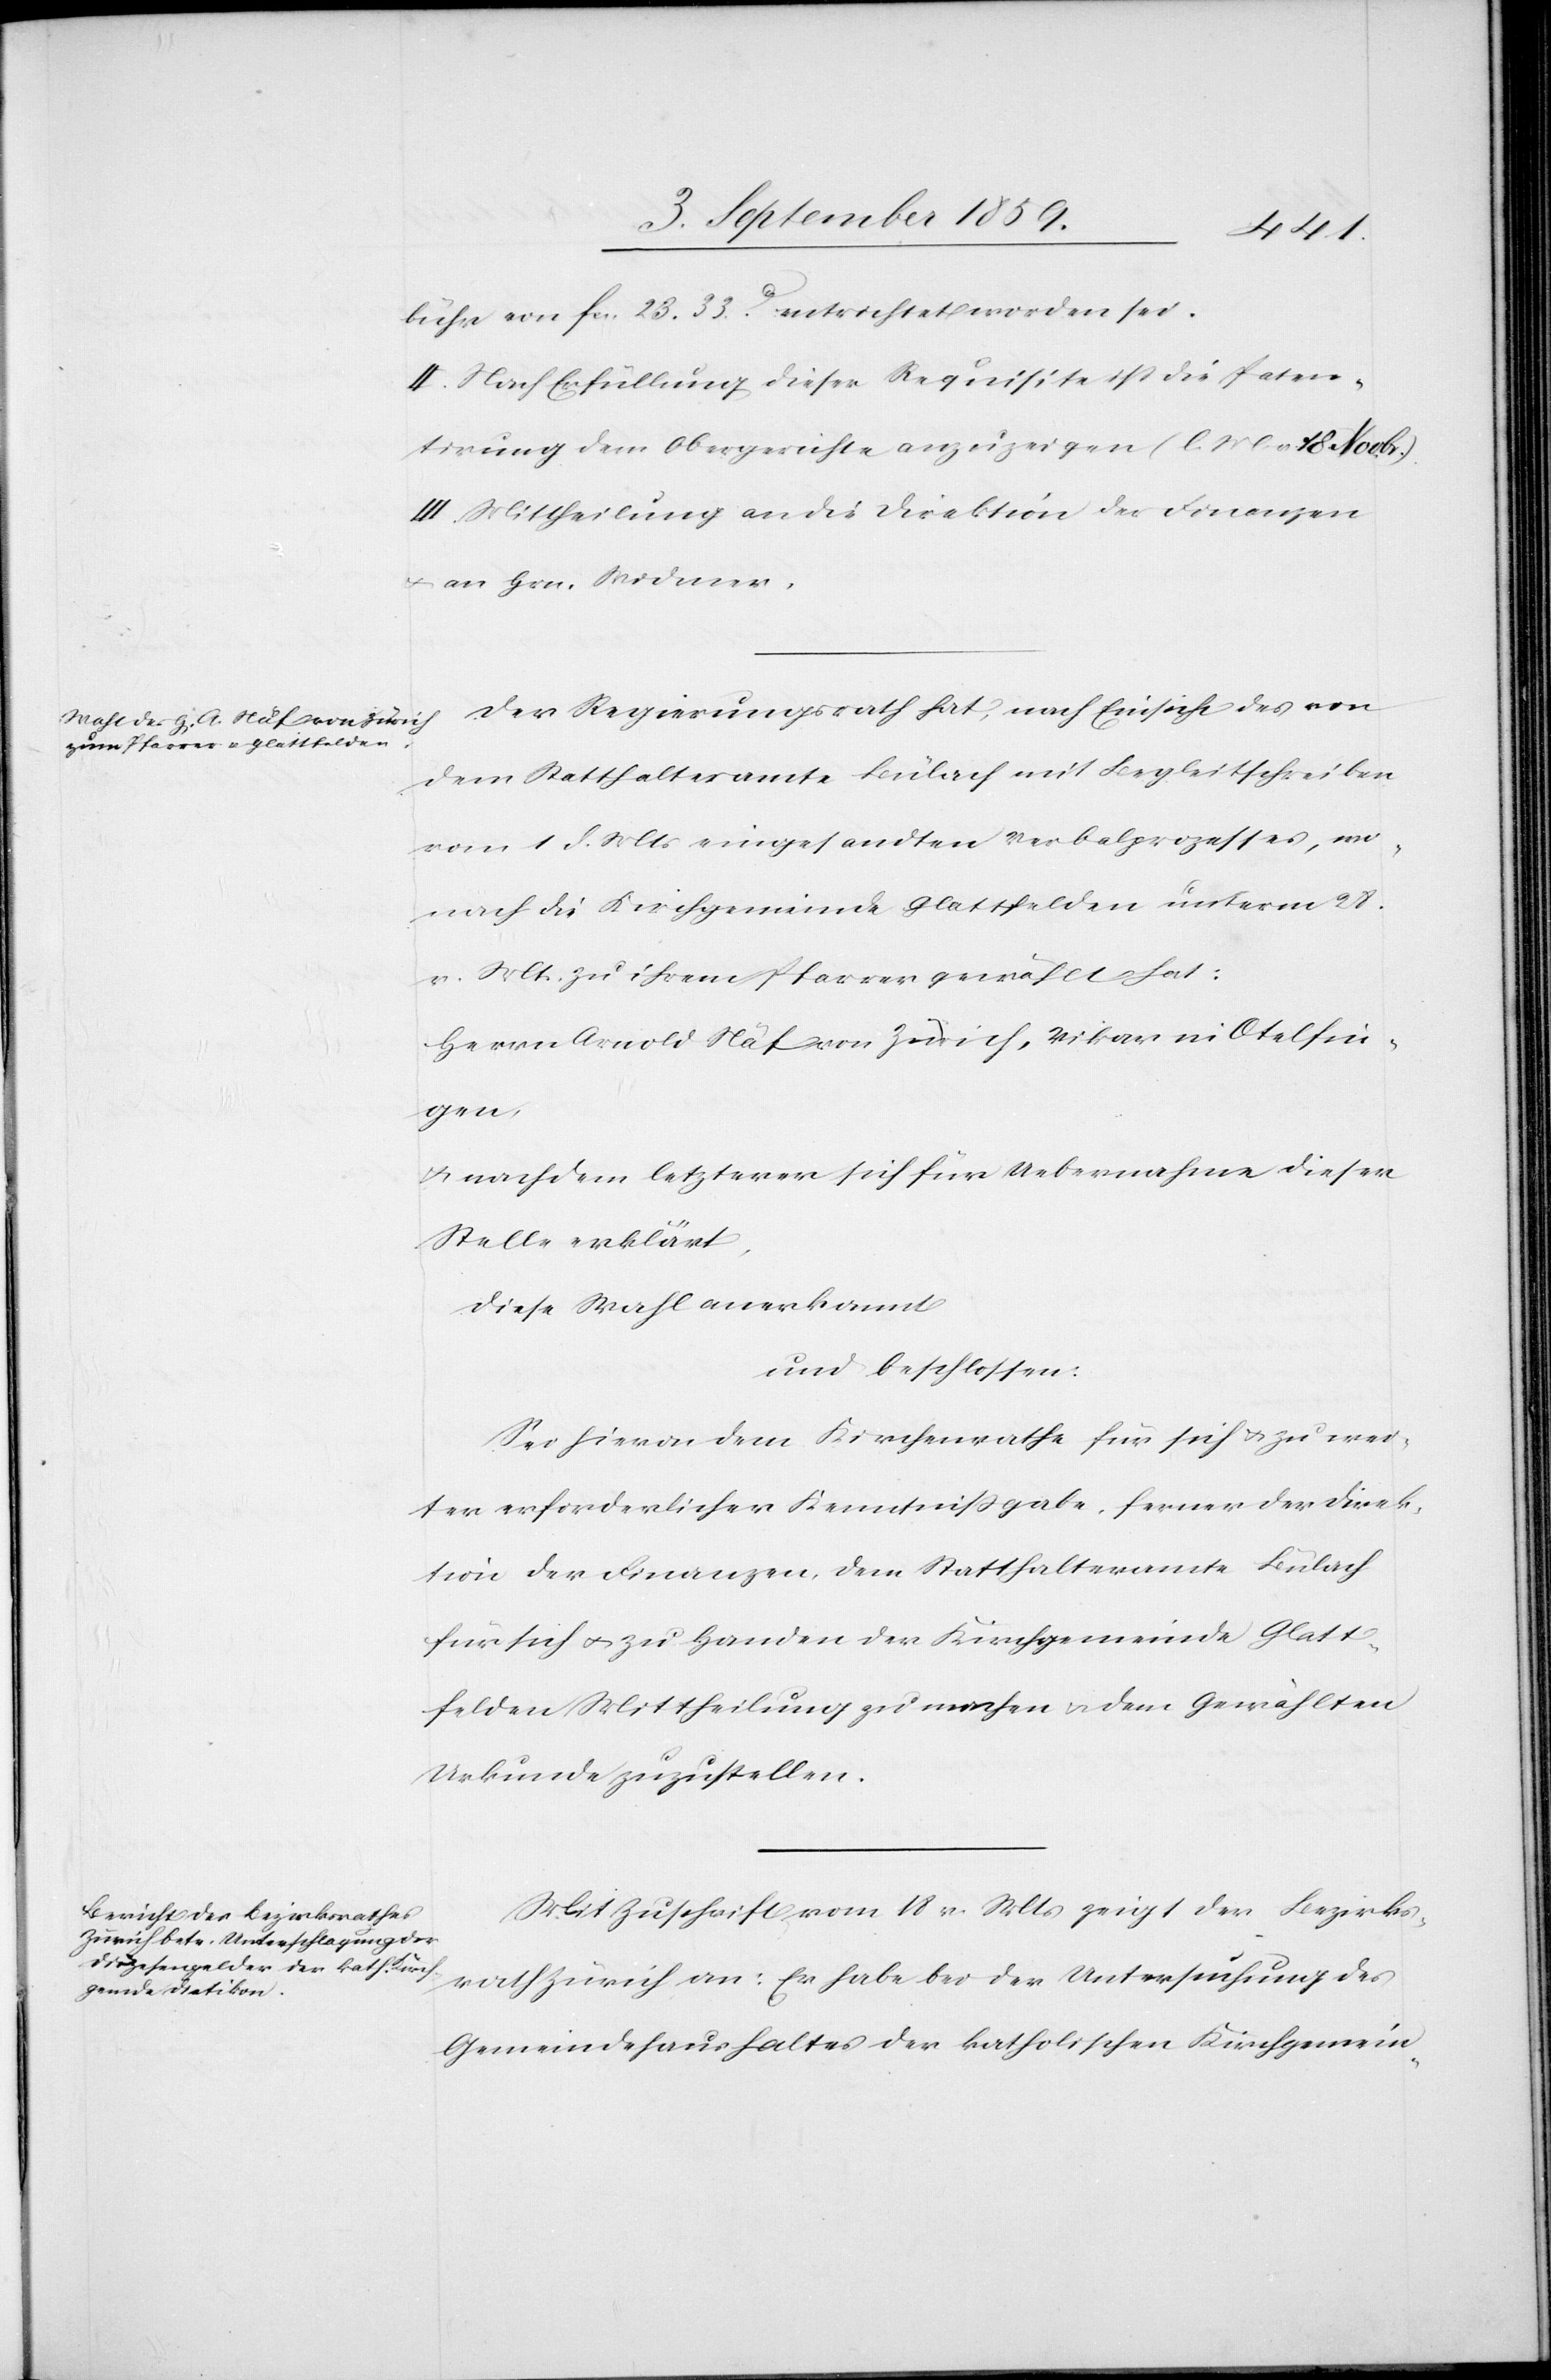
bühr von fcs. 23.33c. entrichtet worden sei.
II. Nach Erfüllung dieser Requisite ist die Paten¬
tirung dem Obergerichte anzuzeigen (l. M. v. 18. Novr.)
III. Mittheilung an die Direktion der Finanzen
& an Hrn. Widmer.
Der Regierungsrath hat, nach Einsicht des von
dem Statthalteramte Bülach mit Begleitschreiben
1. d. Mts. eingesandten Verbalprozesses, wo¬
nach die Kirchgemeinde Glattfelden unterm 28.
v. Mts. zu ihrem Pfarrer gewählt hat:
Herrn Arnold Näf von Zürich, Vikar in Otelfin¬
gen,
& nachdem letzterer sich für Uebernahme dieser
Stelle erklärt,
diese Wahl anerkannt
und beschlossen:
Sei hievon dem Kirchenrathe für sich & zu wei¬
ter erforderlicher Kenntnißgabe, ferner der Direk¬
tion der Finanzen dem Statthalteramte Bülach
für sich & zu Handen der Kirchgemeinde Glatt¬
felden Mittheilung zu machen & dem Gewählten
Urkunde zuzustellen.
Mit Zuschrift vom 18. v. Mts. zeigt der Bezirks¬
rath Zürich an: Er habe bei der Untersuchung des
Gemeindehaushaltes der katholischen Kirchgemein-